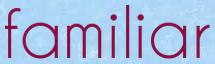
familiar